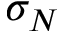
\sigma _ { N }